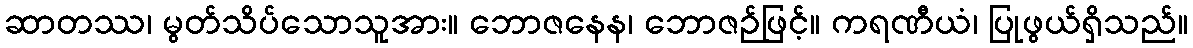
ဆာတဿ၊ မွတ်သိပ်သောသူအား။ ဘောဇနေန၊ ဘောဇဉ်ဖြင့်။ ကရဏီယံ၊ ပြုဖွယ်ရှိသည်။